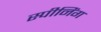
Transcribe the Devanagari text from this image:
स्पीनिंग